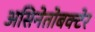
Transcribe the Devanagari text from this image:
असिनेतोबक्टेर